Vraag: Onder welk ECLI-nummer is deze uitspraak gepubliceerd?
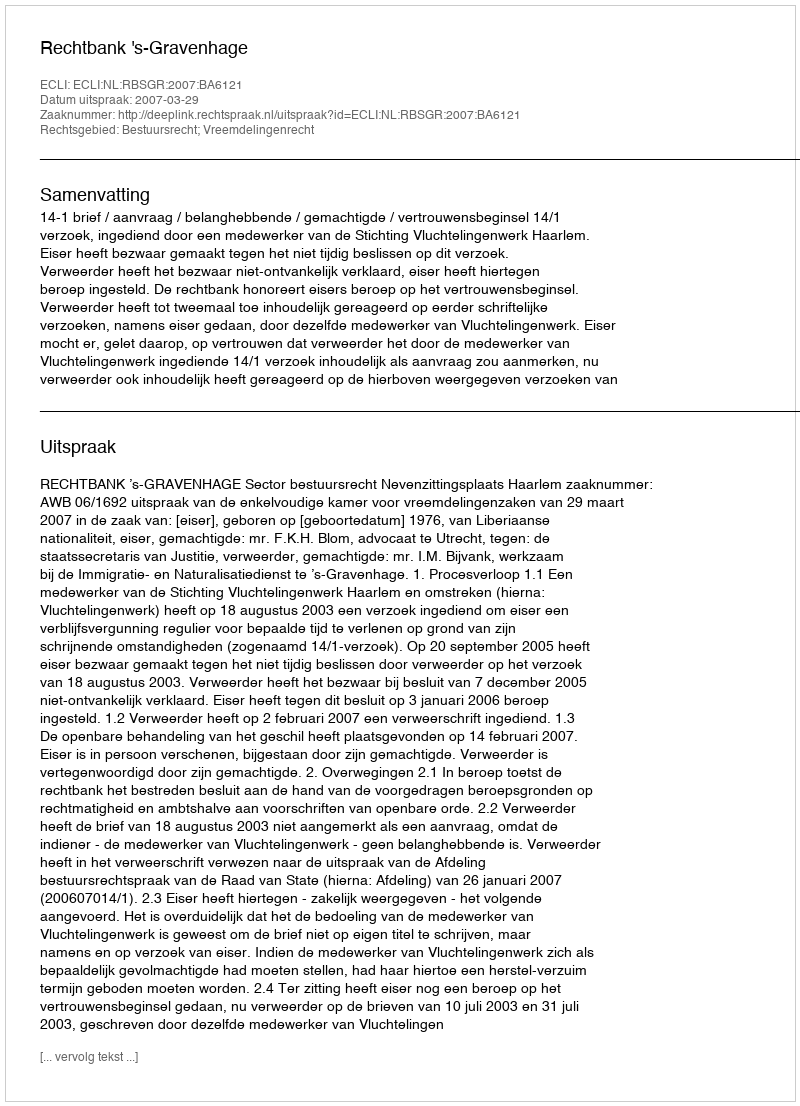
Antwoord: ECLI:NL:RBSGR:2007:BA6121